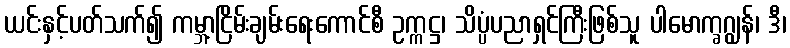
ယင်းနှင့်ပတ်သက်၍ ကမ္ဘာ့ငြိမ်းချမ်းရေးကောင်စီ ဥက္ကဋ္ဌ၊ သိပ္ပံပညာရှင်ကြီးဖြစ်သူ ပါမောက္ခဂျွန်၊ ဒီ၊